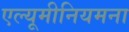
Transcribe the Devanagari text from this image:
एल्यूमीनियमना